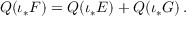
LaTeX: { Q } ( \iota _ { * } { F } ) = { Q } ( \iota _ { * } { E } ) + { Q } ( \iota _ { * } { G } ) \, .